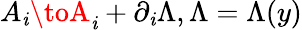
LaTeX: A_{\mathit{i}}\toA_{\mathit{i}}+\partial_{\mathit{i}}\Lambda,\Lambda=\Lambda(y)